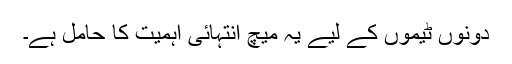
دونوں ٹیموں کے لیے یہ میچ انتہائی اہمیت کا حامل ہے۔